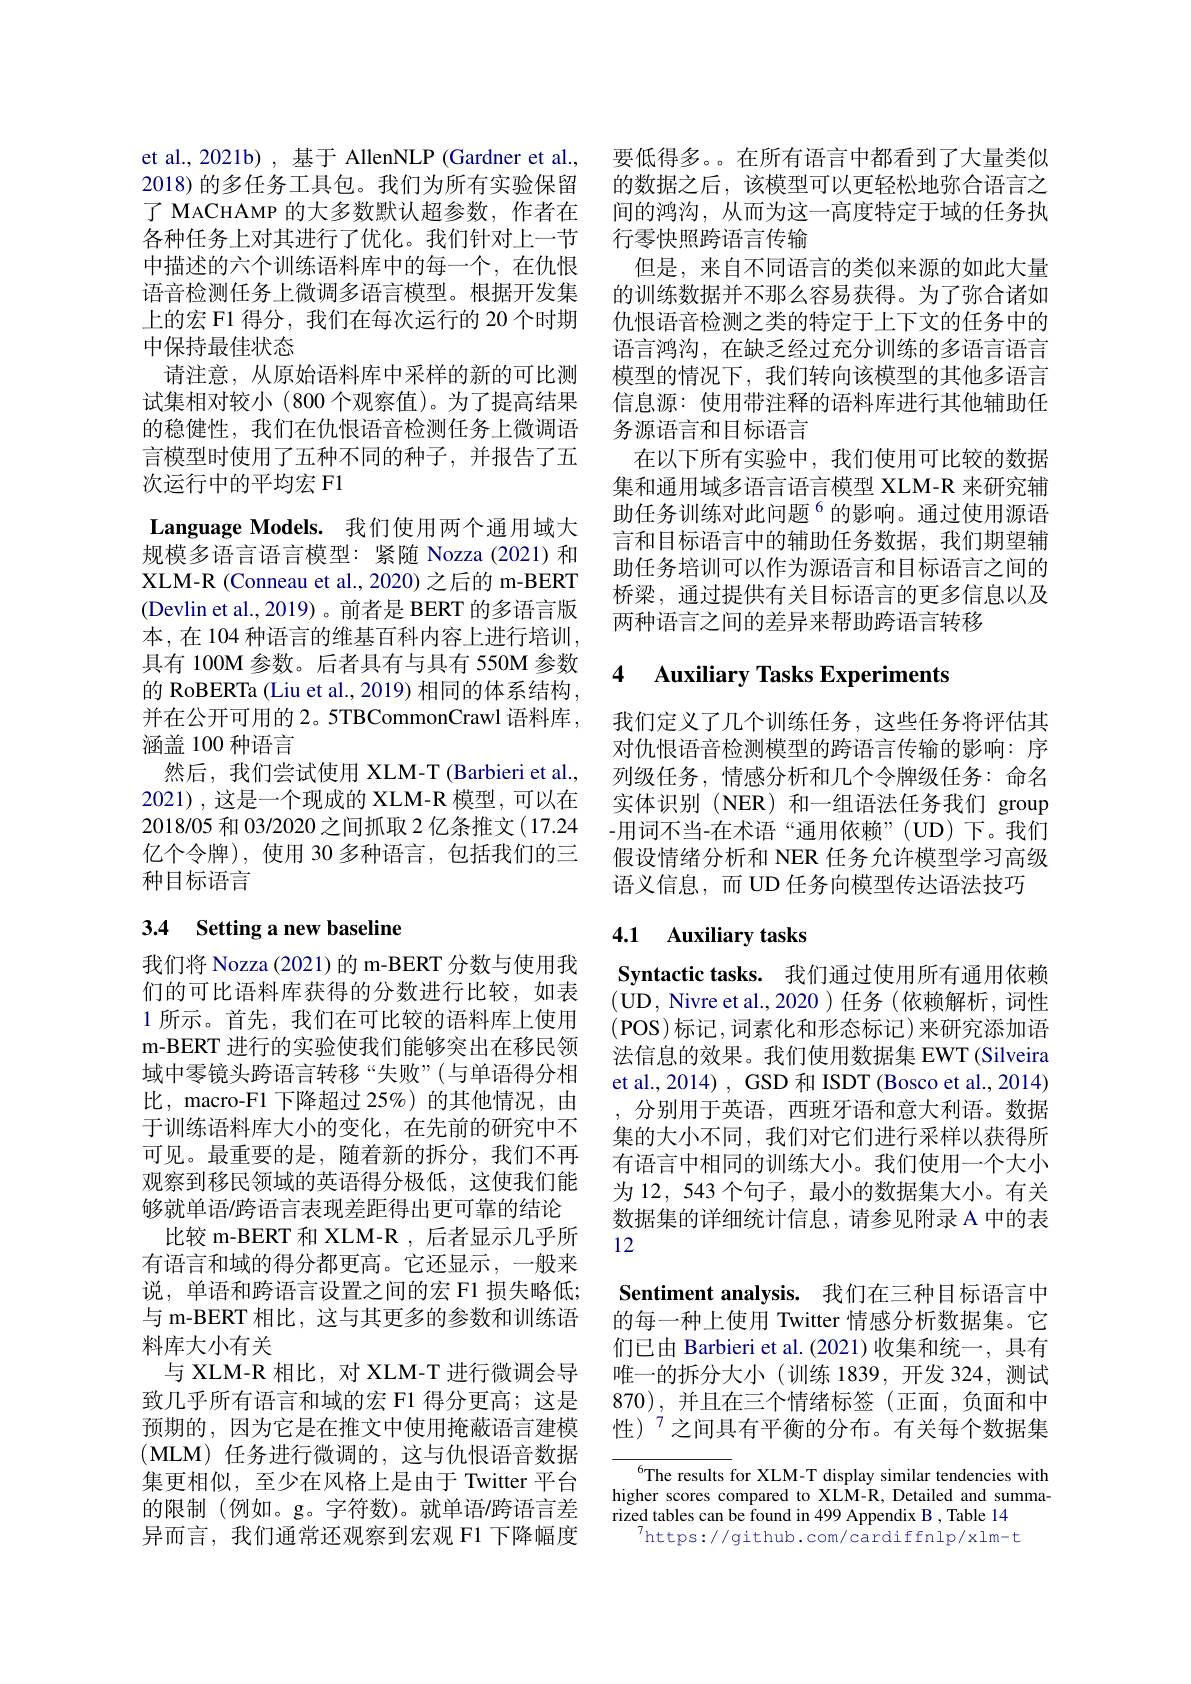
中描述的六个训练语料库中的每一个，在仇恨语音检测任务上微调多语言模型。根据开发集上的宏 F1 得分，我们在每次运行的 20 个时期中保持最佳状态
请注意，从原始语料库中采样的新的可比测试集相对较小(800个观察值)。为了提高结果的稳健性，我们在仇恨语音检测任务上微调语言模型时使用了五种不同的种子，并报告了五次运行中的平均宏 F1
$\textbf{Language Models. 我 们 使 用 两 个 通 用 域 大 }$ 规模多语言语言模型：紧随 Nozza(2021)和XLM-R (Conneau et al., 2020) 之后的 m-BERT (Devlin et al.,2019)。前者是 BERT 的多语言版本，在104 种语言的维基百科内容上进行培训， 具有 100M 参数。后者具有与具有 550M 参数的 RoBERTa (Liu et al., 2019) 相同的体系结构， 并在公开可用的 2。5TBCommonCrawl 语料库， 涵盖 100 种语言
然后，我们尝试使用 XLM-T (Barbieri et al., 2021),这是一个现成的 XLM-R 模型，可以在2018/05 和 03/2020 之间抓取 2 亿条推文(17.24亿个令牌),使用 30 多种语言，包括我们的三种目标语言

## 3.4 Setting a new baseline

我们将 Nozza (2021)的 m-BERT 分数与使用我们的可比语料库获得的分数进行比较，如表1 所示。首先，我们在可比较的语料库上使用m-BERT 进行的实验使我们能够突出在移民领域中零镜头跨语言转移“失败”(与单语得分相比，macro-F1 下降超过 25%)的其他情况，由于训练语料库大小的变化，在先前的研究中不可见。最重要的是，随着新的拆分，我们不再观察到移民领域的英语得分极低，这使我们能够就单语/跨语言表现差距得出更可靠的结论
比较 m-BERT 和 XLM-R , 后者显示几乎所有语言和域的得分都更高。它还显示，一般来说，单语和跨语言设置之间的宏 F1 损失略低； 与 m-BERT 相比，这与其更多的参数和训练语料库大小有关
与 XLM-R 相比，对 XLM-T 进行微调会导致几乎所有语言和域的宏 F1 得分更高；这是预期的，因为它是在推文中使用掩蔽语言建模(MLM)任务进行微调的，这与仇恨语音数据集更相似，至少在风格上是由于 Twitter 平台的限制 (例如。g。字符数)。就单语/跨语言差异而言，我们通常还观察到宏观 F1 下降幅度

et al., 2021b) , 基于 AllenNLP (Gardner et al., 要低得多。在所有语言中都看到了大量类似2018) 的多任务工具包。我们为所有实验保留 的数据之后，该模型可以更轻松地弥合语言之了 MACHAMP 的大多数默认超参数，作者在 间的鸿沟，从而为这一高度特定于域的任务执各种任务上对其进行了优化。我们针对上一节 行零快照跨语言传输
但是，来自不同语言的类似来源的如此大量的训练数据并不那么容易获得。为了弥合诸如仇恨语音检测之类的特定于上下文的任务中的语言鸿沟，在缺乏经过充分训练的多语言语言模型的情况下，我们转向该模型的其他多语言信息源：使用带注释的语料库进行其他辅助任务源语言和目标语言
在以下所有实验中，我们使用可比较的数据集和通用域多语言语言模型 XLM-R 来研究辅助任务训练对此问题$^{6}$的影响。通过使用源语言和目标语言中的辅助任务数据，我们期望辅助任务培训可以作为源语言和目标语言之间的桥梁，通过提供有关目标语言的更多信息以及两种语言之间的差异来帮助跨语言转移

## 4 Auxiliary Tasks Experiments

我们定义了几个训练任务，这些任务将评估其对仇恨语音检测模型的跨语言传输的影响：序列级任务，情感分析和几个令牌级任务：命名实体识别(NER)和一组语法任务我们 group -用词不当-在术语“通用依赖”(UD)下。我们假设情绪分析和 NER 任务允许模型学习高级语义信息，而 UD 任务向模型传达语法技巧

## 4.1 Auxiliary tasks

Syntactic tasks. 我们通过使用所有通用依赖(UD, Nivre et al., 2020 ) 任务(依赖解析，词性(POS)标记，词素化和形态标记)来研究添加语法信息的效果。我们使用数据集 EWT (Silveira et al., 2014) , GSD 和 ISDT (Bosco et al., 2014)
分别用于英语，西班牙语和意大利语。数据集的大小不同，我们对它们进行采样以获得所有语言中相同的训练大小。我们使用一个大小为 12, 543 个句子，最小的数据集大小。有关数据集的详细统计信息，请参见附录 A 中的表12
Sentiment analysis. 我们在三种目标语言中的每一种上使用 Twitter 情感分析数据集。它们已由 Barbieri et al.(2021)收集和统一，具有唯一的拆分大小(训练 1839,开发 324,测试870),并且在三个情绪标签(正面，负面和中性)$^{7}$之间具有平衡的分布。有关每个数据集

$^{6}$The results for XLM-T display similar tendencies with higher scores compared to XLM-R, Detailed and summarized tables can be found in 499 Appendix B , Table 14
$^{7}$https://github.com/cardiffnlp/xlm-t